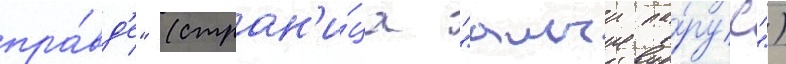
пра́вд'е" (стран'и́ца "алыи па́рус")